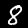
Digit: 8